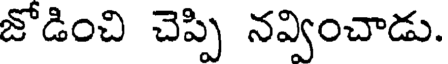
జోడించి చెప్పి నవ్వించాడు.